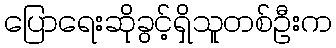
ပြောရေးဆိုခွင့်ရှိသူတစ်ဦးက